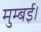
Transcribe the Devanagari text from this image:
मुम्बई।